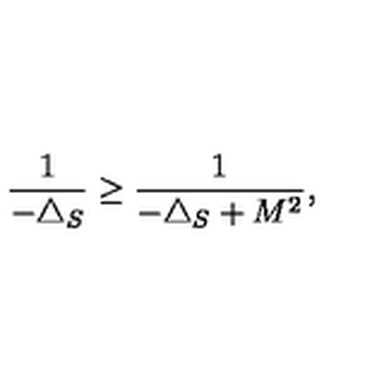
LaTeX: \frac { 1 } { - \triangle _ { S } } \geq \frac { 1 } { - \triangle _ { S } + M ^ { 2 } } ,